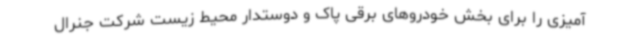
آمیزی را برای بخش خودروهای برقی پاک و دوستدار محیط زیست شرکت جنرال